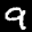
Label: 9